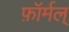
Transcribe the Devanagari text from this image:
फ़ॉर्मल्